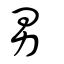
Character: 男